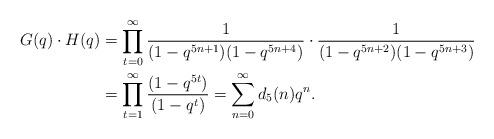
LaTeX: \begin{align*}G(q)\cdot H(q) &= \prod_{t=0}^\infty \frac{1}{(1-q^{5n+1})(1-q^{5n+4})}\cdot \frac{1}{(1-q^{5n+2})(1-q^{5n+3})}\\ &= \prod_{t=1}^\infty \frac{(1-q^{5t})}{(1-q^t)} = \sum_{n=0}^\infty d_5(n)q^n.\end{align*}